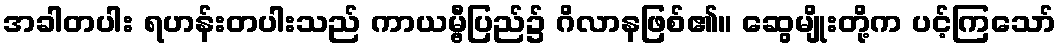
အခါတပါး ရဟန်းတပါးသည် ကာယမ္ဗီပြည်၌ ဂိလာနဖြစ်၏။ ဆွေမျိုးတို့က ပင့်ကြသော်